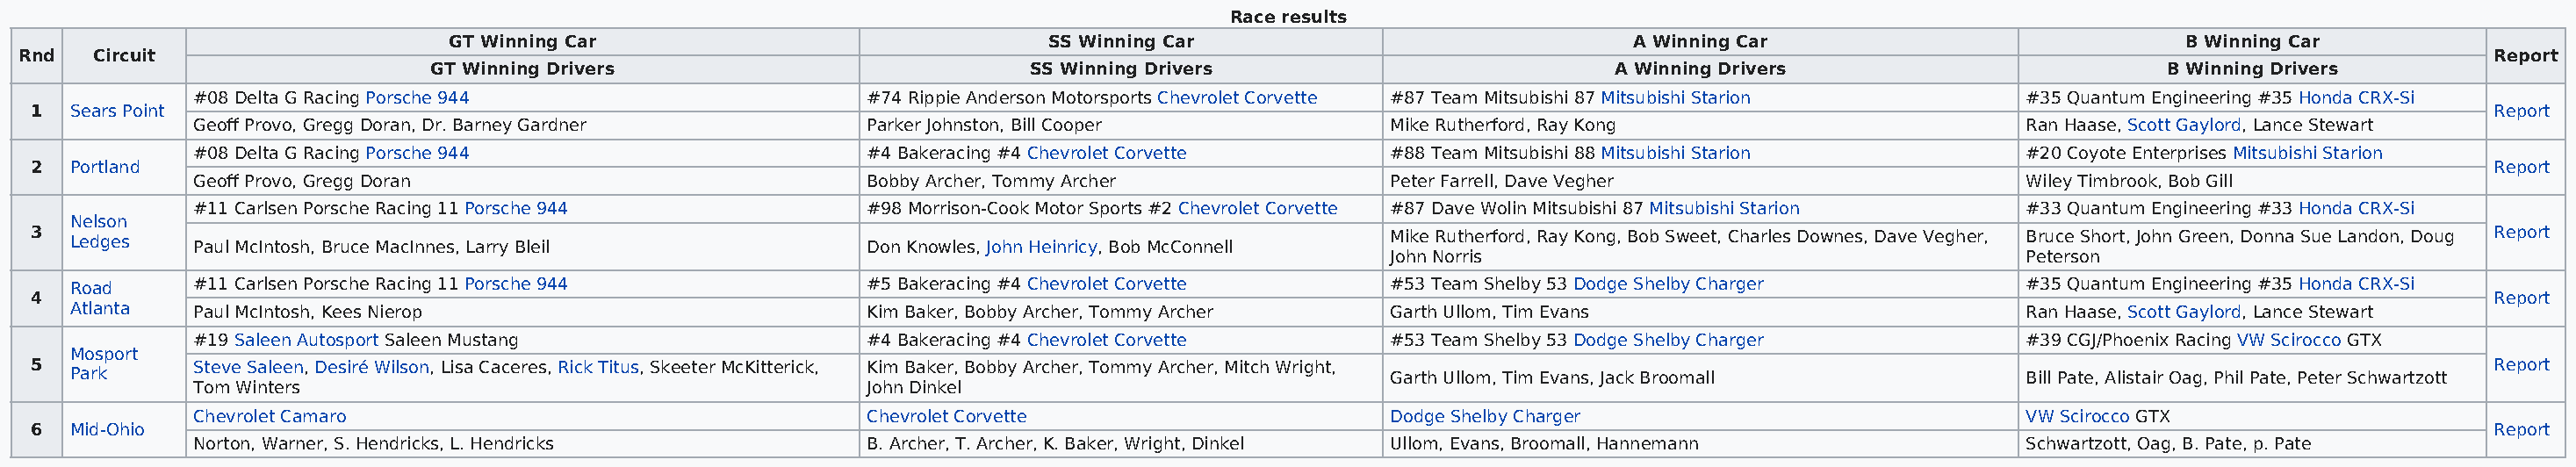
Race results
 GT Winning Car                               SS Winning Car                              A Winning Car                             B Winning Car
 Rnd   Circuit                                                                                                                                                                              Report
 GT Winning Drivers                            SS Winning Drivers                          A Winning Drivers                        B Winning Drivers
 #08 Delta G Racing Porsche 944                    #74 Rippie Anderson Motorsports Chevrolet Corvette #87 Team Mitsubishi 87 Mitsubishi Starion #35 Quantum Engineering #35 Honda CRX-Si
 1  Sears Point                                                                                                                                                                            Report
 Geoff Provo, Gregg Doran, Dr. Barney Gardner      Parker Johnston, Bill Cooper            Mike Rutherford, Ray Kong                       Ran Haase, Scott Gaylord, Lance Stewart
 #08 Delta G Racing Porsche 944                    #4 Bakeracing #4 Chevrolet Corvette     #88 Team Mitsubishi 88 Mitsubishi Starion       #20 Coyote Enterprises Mitsubishi Starion
 2  Portland                                                                                                                                                                               Report
 Geoff Provo, Gregg Doran                          Bobby Archer, Tommy Archer              Peter Farrell, Dave Vegher                      Wiley Timbrook, Bob Gill
 #11 Carlsen Porsche Racing 11 Porsche 944         #98 Morrison-Cook Motor Sports #2 Chevrolet Corvette #87 Dave Wolin Mitsubishi 87 Mitsubishi Starion #33 Quantum Engineering #33 Honda CRX-Si
 Nelson
 3  Ledges    Paul McIntosh, Bruce MacInnes, Larry Bleil        Don Knowles, John Heinricy, Bob McConnell Mike Rutherford, Ray Kong, Bob Sweet, Charles Downes, Dave Vegher, Bruce Short, John Green, Donna Sue Landon, Doug Report
 John Norris                                     Peterson
 Road      #11 Carlsen Porsche Racing 11 Porsche 944         #5 Bakeracing #4 Chevrolet Corvette     #53 Team Shelby 53 Dodge Shelby Charger         #35 Quantum Engineering #35 Honda CRX-Si
 4                                                                                                                                                                                         Report
 Atlanta   Paul McIntosh, Kees Nierop                        Kim Baker, Bobby Archer, Tommy Archer   Garth Ullom, Tim Evans                          Ran Haase, Scott Gaylord, Lance Stewart
 #19 Saleen Autosport Saleen Mustang               #4 Bakeracing #4 Chevrolet Corvette     #53 Team Shelby 53 Dodge Shelby Charger         #39 CGJ/Phoenix Racing VW Scirocco GTX
 Mosport
 5            Steve Saleen, Desiré Wilson, Lisa Caceres, Rick Titus, Skeeter McKitterick, Kim Baker, Bobby Archer, Tommy Archer, Mitch Wright,                                             Report
 Park                                                                                                Garth Ullom, Tim Evans, Jack Broomall           Bill Pate, Alistair Oag, Phil Pate, Peter Schwartzott
 Tom Winters                                       John Dinkel
 Chevrolet Camaro                                  Chevrolet Corvette                      Dodge Shelby Charger                            VW Scirocco GTX
 6  Mid-Ohio                                                                                                                                                                               Report
 Norton, Warner, S. Hendricks, L. Hendricks        B. Archer, T. Archer, K. Baker, Wright, Dinkel Ullom, Evans, Broomall, Hannemann        Schwartzott, Oag, B. Pate, p. Pate